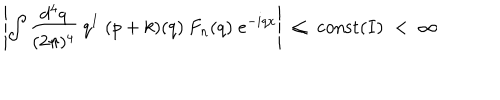
LaTeX: \left| \int \frac { d ^ { 4 } q } { ( 2 \pi ) ^ { 4 } } \: q ^ { I } \; ( p + k ) ( q ) \: F _ { n } ( q ) \; e ^ { - i q x } \right| \; \leq \; { \mathrm { c o n s t } } ( I ) \; < \; \infty